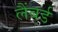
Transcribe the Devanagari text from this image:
लैंबर्ड